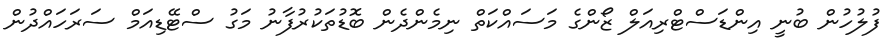
ފުލުހުން ބުނީ އިންޑަސްޓްރިއަލް ޒޯންގެ މަސައްކަތް ނިމެންދެން ބޮޑުތަކުރުފާނު މަގު ސްޓޭޑިއަމް ސަރަހައްދުން